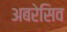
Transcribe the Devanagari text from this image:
अबरेसिव